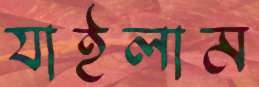
যাইলাম